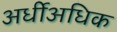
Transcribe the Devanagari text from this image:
अर्धीअधिक